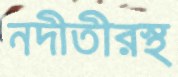
নদীতীরস্থ